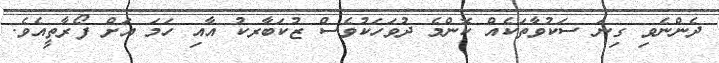
ދެންނެވި ގިނަ ސަކުވާތަކެއް ކޮންމެ ދުވަހަކުވެސް ޒުކަބާރކު އާއި ހަމަ އަށް ފޯރާތީއެވެ.